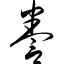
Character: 誊